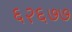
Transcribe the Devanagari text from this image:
६२६७७